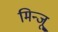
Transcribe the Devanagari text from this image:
मिन्जू